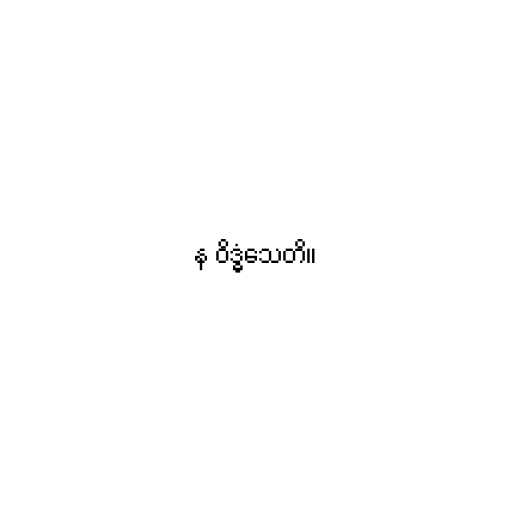
န ဝိဒ္ဓံသေတိ။